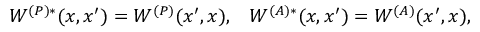
W ^ { ( P ) * } ( x , x ^ { \prime } ) = W ^ { ( P ) } ( x ^ { \prime } , x ) , \; \; \; W ^ { ( A ) * } ( x , x ^ { \prime } ) = W ^ { ( A ) } ( x ^ { \prime } , x ) ,